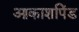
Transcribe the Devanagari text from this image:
आकाशपिंड